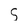
Character: 5